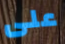
على